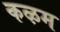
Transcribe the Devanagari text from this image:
कऴम